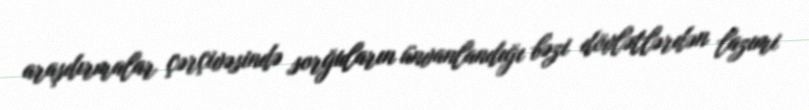
araşdırmalar çərçivəsində sorğuların ünvanlandığı bəzi dövlətlərdən lazımi